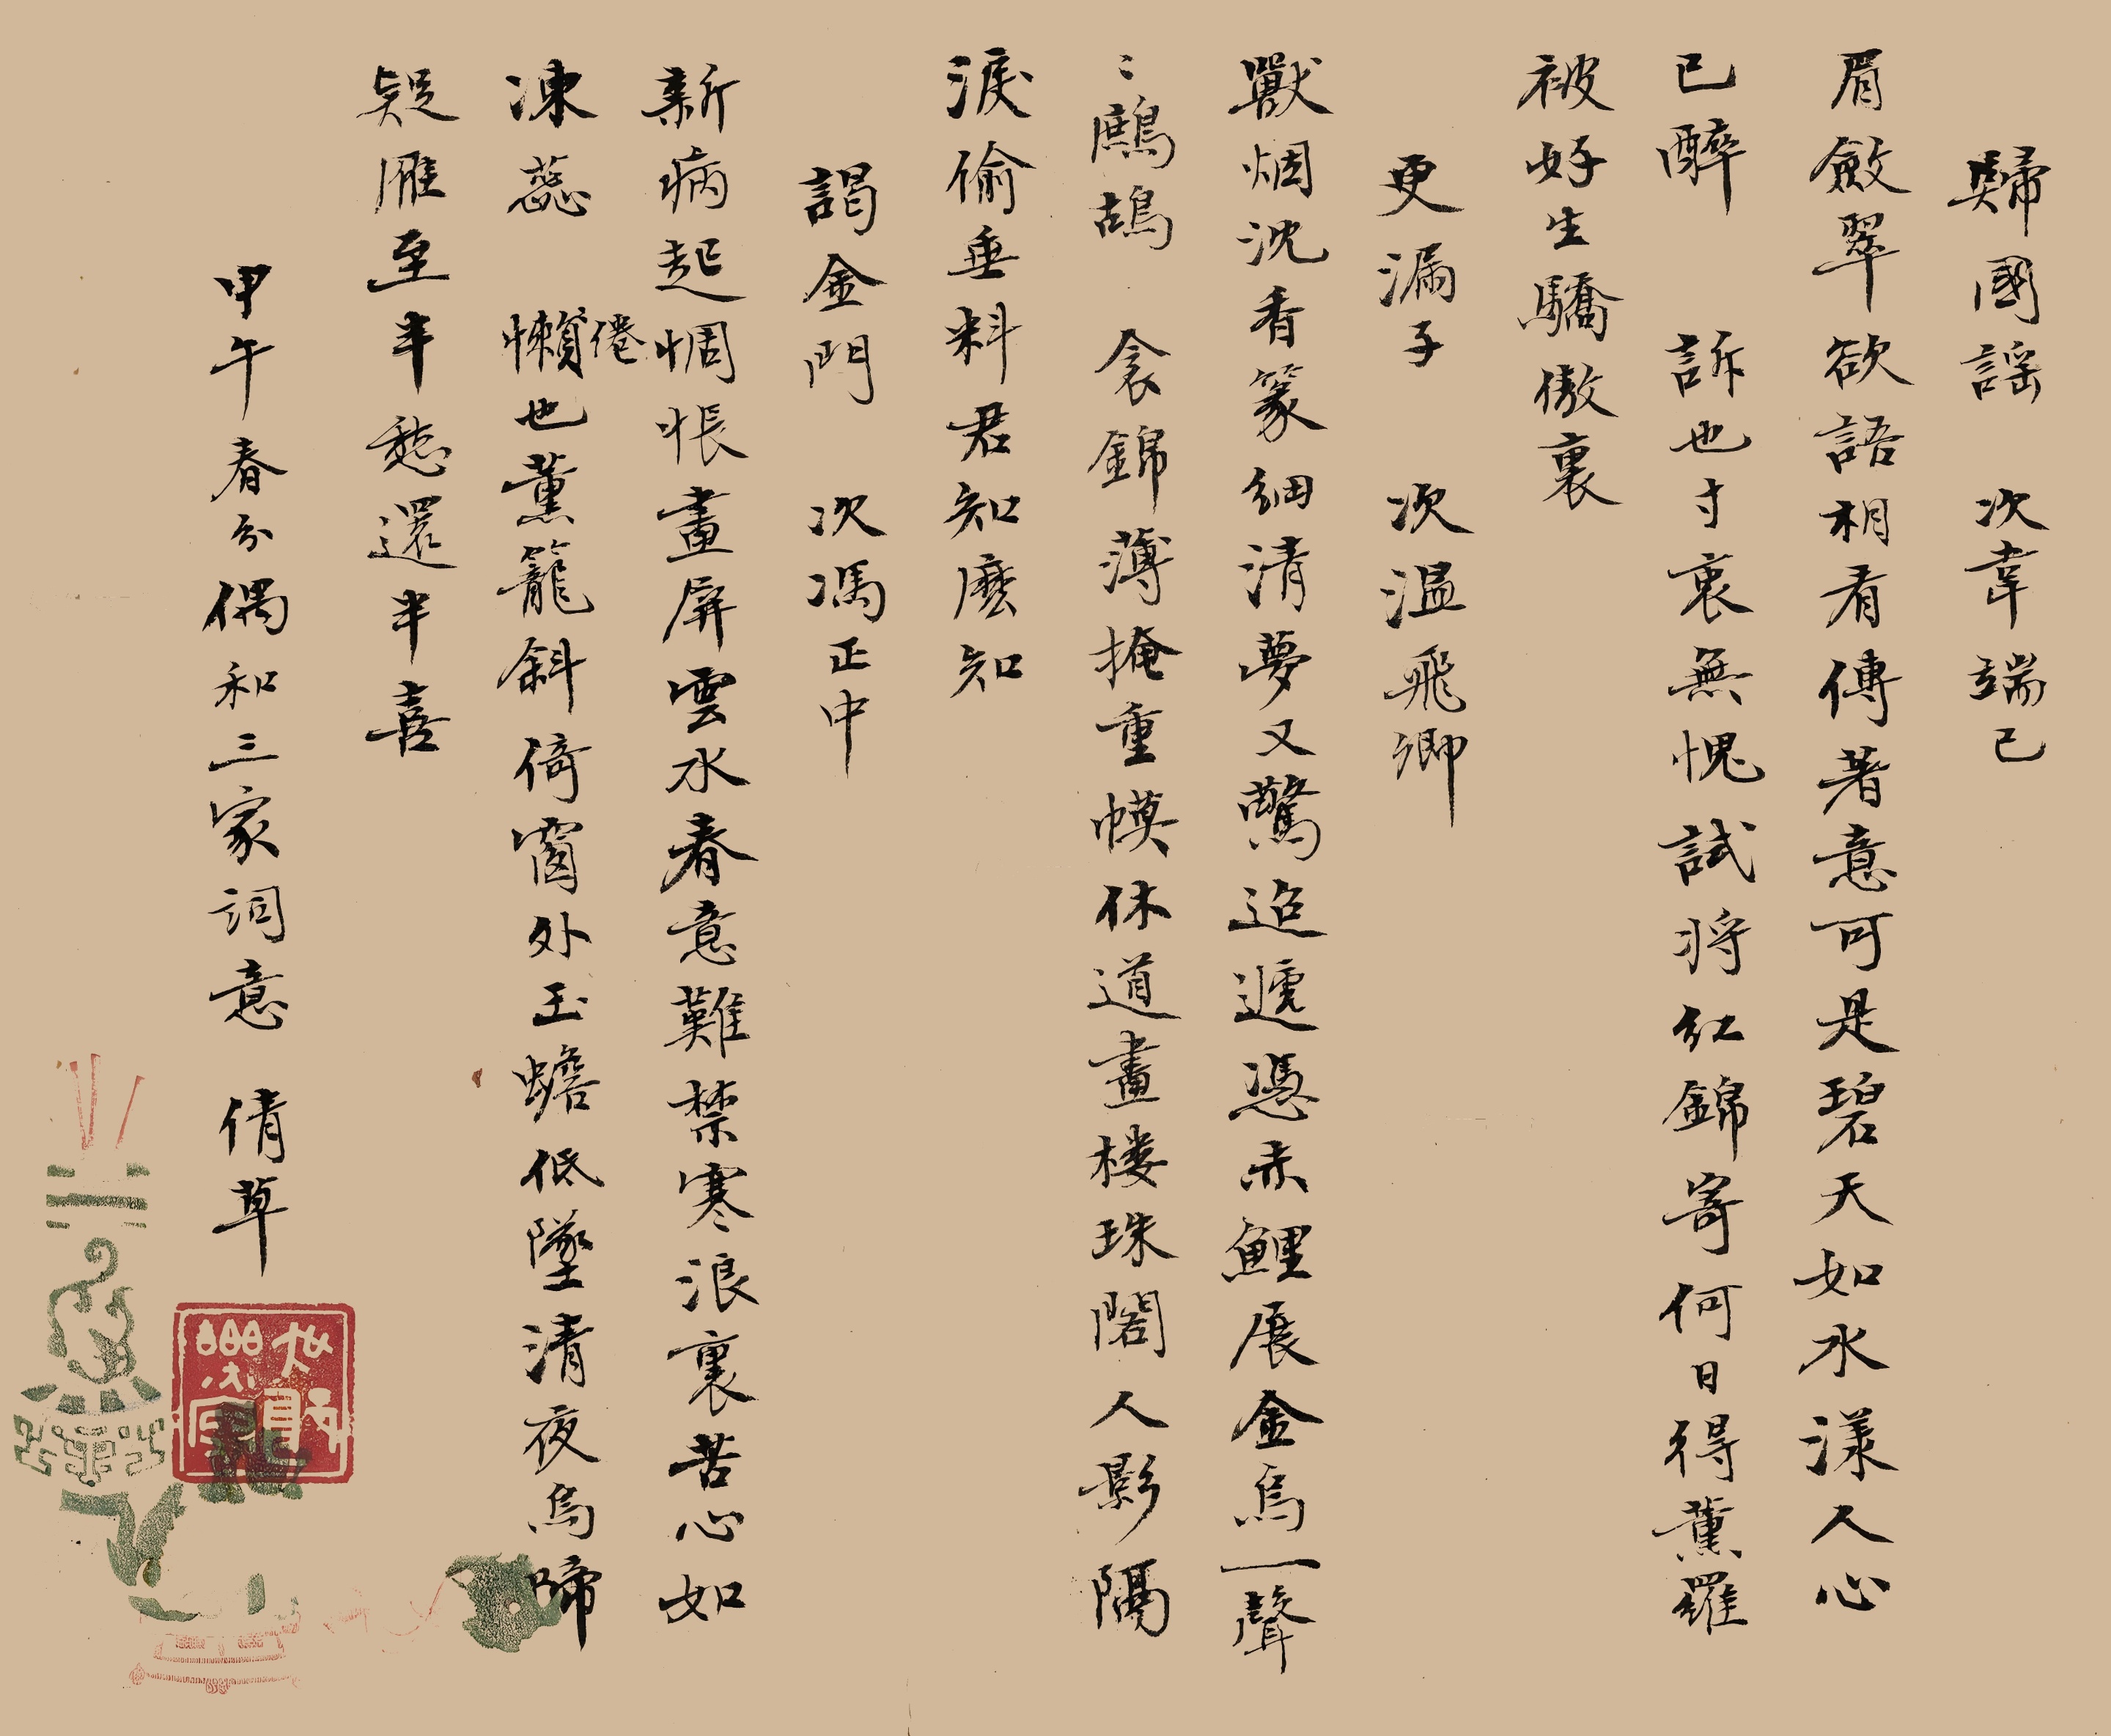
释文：归国谣，次韦端己。眉敛翠欲语，相看传着意。可是碧天如水漾，人心已醉。诉也，寸衷无愧。试将红锦寄何日，得熏罗被，好生骄傲里。更漏子，次温飞卿。兽烟沈，香篆细。清梦又惊迢递。凭赤鲤，展金乌。一声声鹧鸪。衾锦薄。掩重幙。休道画楼珠阁。人影隔，泪偷垂。料君知么知。谒金门，次冯正中。新病起。惆怅画屏云水。春意难禁寒浪里。苦心如冻蕊。倦也熏笼斜倚。窗外玉蟾低坠。清夜乌啼疑雁至。半愁还半喜。甲午春分偶和三家词意，倩草。